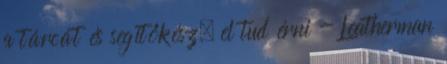
a tárcát és segítőkész, el tud érni - Leatherman